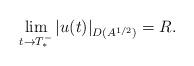
LaTeX: \begin{align*}\lim_{t\to T_{*}^{-}}|u(t)|_{D(A^{1/2})}=R.\end{align*}